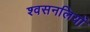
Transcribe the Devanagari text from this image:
श्वसनलियों